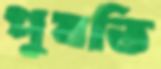
পুষতি